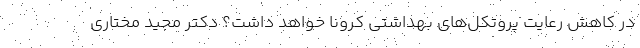
در کاهش رعایت‌ پروتکل‌های بهداشتی کرونا خواهد داشت؟ دکتر مجید مختاری